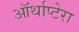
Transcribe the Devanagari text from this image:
ऑर्थाप्टेरा